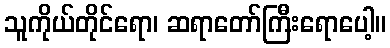
သူကိုယ်တိုင်ရော၊ ဆရာတော်ကြီးရောပေါ့။